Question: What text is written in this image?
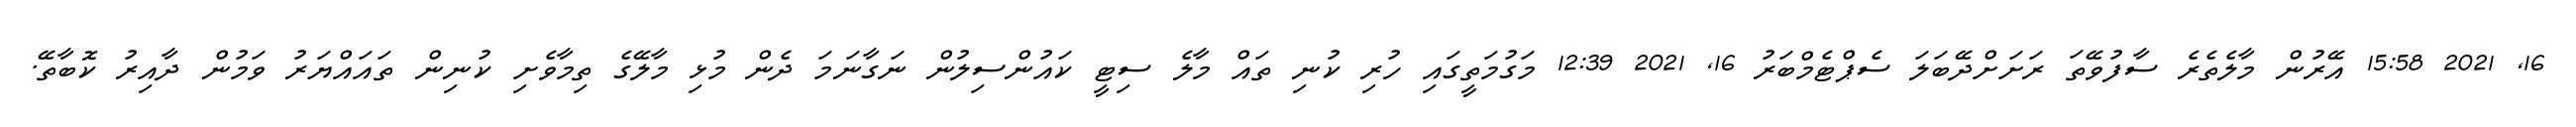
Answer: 16, 2021 15:58 އޭރުން މާލެތެރެ ސާފުވޭތަ ރަށަށްދޭބަލަ ސެޕްޓެމްބަރު 16, 2021 12:39 މަގުމަތީގައި ހުރި ކުނި ތައް މާލެ ސިޓީ ކައުންސިލުން ނަގާނަމަ ދެން މުޅި މާލޭގެ ތިމާވެށި ކުނިން ތައައްޔަރު ވަމުން ދާއިރު ކޮބާތޭ.